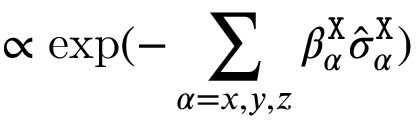
\propto \exp ( - \sum _ { \alpha = x , y , z } \beta _ { \alpha } ^ { \tt X } \hat { \sigma } _ { \alpha } ^ { \tt X } )